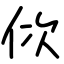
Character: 佽